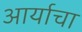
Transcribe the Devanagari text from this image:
आर्याचा